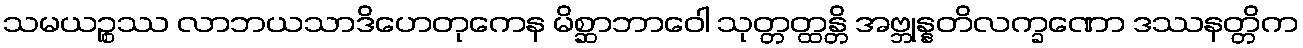
သမယဉ္စဿ လာဘယသာဒိဟေတုကေန မိစ္ဆာဘာဝေါ သုတ္တတ္ထန္တိ အဗ္ဘုန္နတိလက္ခဏော ဒဿနတ္တိက